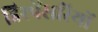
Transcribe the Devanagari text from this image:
डिस्पेंसरियों